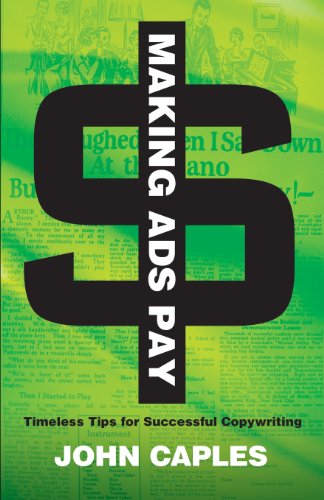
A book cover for Making Ads Pay: Timeless Tips for Successful Copywriting (Dover Books on History, Political and Social Science); John Caples; Business & Money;